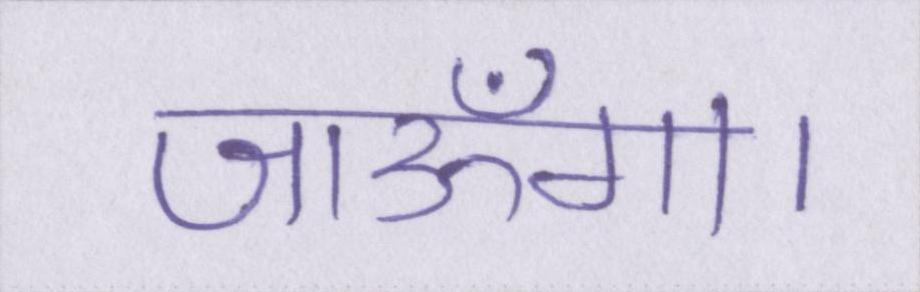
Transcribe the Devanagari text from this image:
जाऊँगा।